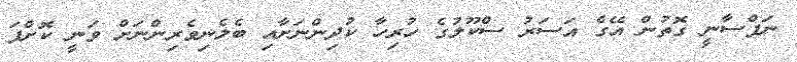
ނަފްސާނީ ގޮތުން އޭގެ އަސަރު ސްކޫލުގެ ހުރިހާ ކުދިންނަށާއި ބެލެނިވެރިންނަށް ވަނީ ކޮށްފަ